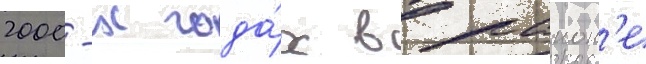
2000-х года́х в раион'е